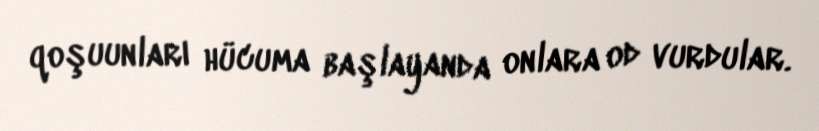
qoşuunları hücuma başlayanda onlara od vurdular.